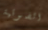
الضوئية